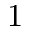
1